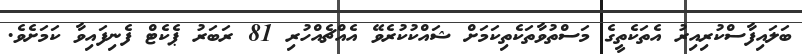
ބަލައިފާސްކުރިއިރު އެތަކެތީގެ މަސްތުވާތަކެތިކަމަށް ޝައްކުކުރެވޭ އެއްޗެއްހުރި 81 ރަބަރު ޕެކެޓް ފެނިފައިވާ ކަމަށެވެ.